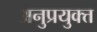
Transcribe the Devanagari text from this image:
अनुप्रयुक्त्त